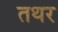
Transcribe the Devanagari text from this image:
तथर